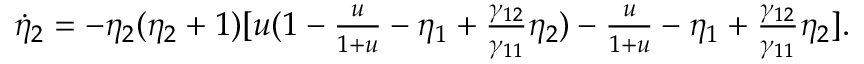
\begin{array} { r } { \dot { \eta } _ { 2 } = - \eta _ { 2 } ( \eta _ { 2 } + 1 ) [ u ( 1 - \frac { u } { 1 + u } - \eta _ { 1 } + \frac { \gamma _ { 1 2 } } { \gamma _ { 1 1 } } \eta _ { 2 } ) - \frac { u } { 1 + u } - \eta _ { 1 } + \frac { \gamma _ { 1 2 } } { \gamma _ { 1 1 } } \eta _ { 2 } ] . } \end{array}